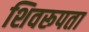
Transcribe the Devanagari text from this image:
शिवरूपता